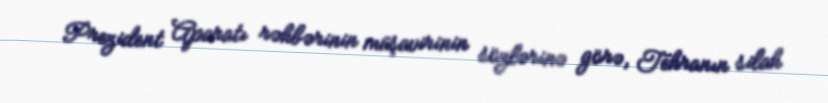
Prezident Aparatı rəhbərinin müşavirinin sözlərinə görə, Tehranın silah